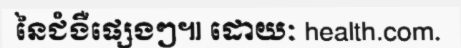
នៃជំងឺផ្សេងៗ៕ ដោយៈ health.com.